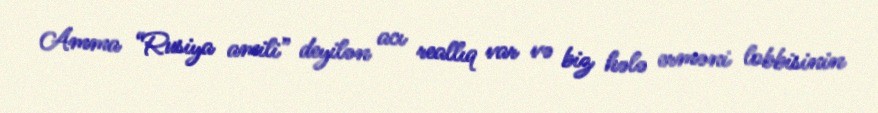
Amma “Rusiya amili” deyilən acı reallıq var və biz hələ erməni lobbisinin